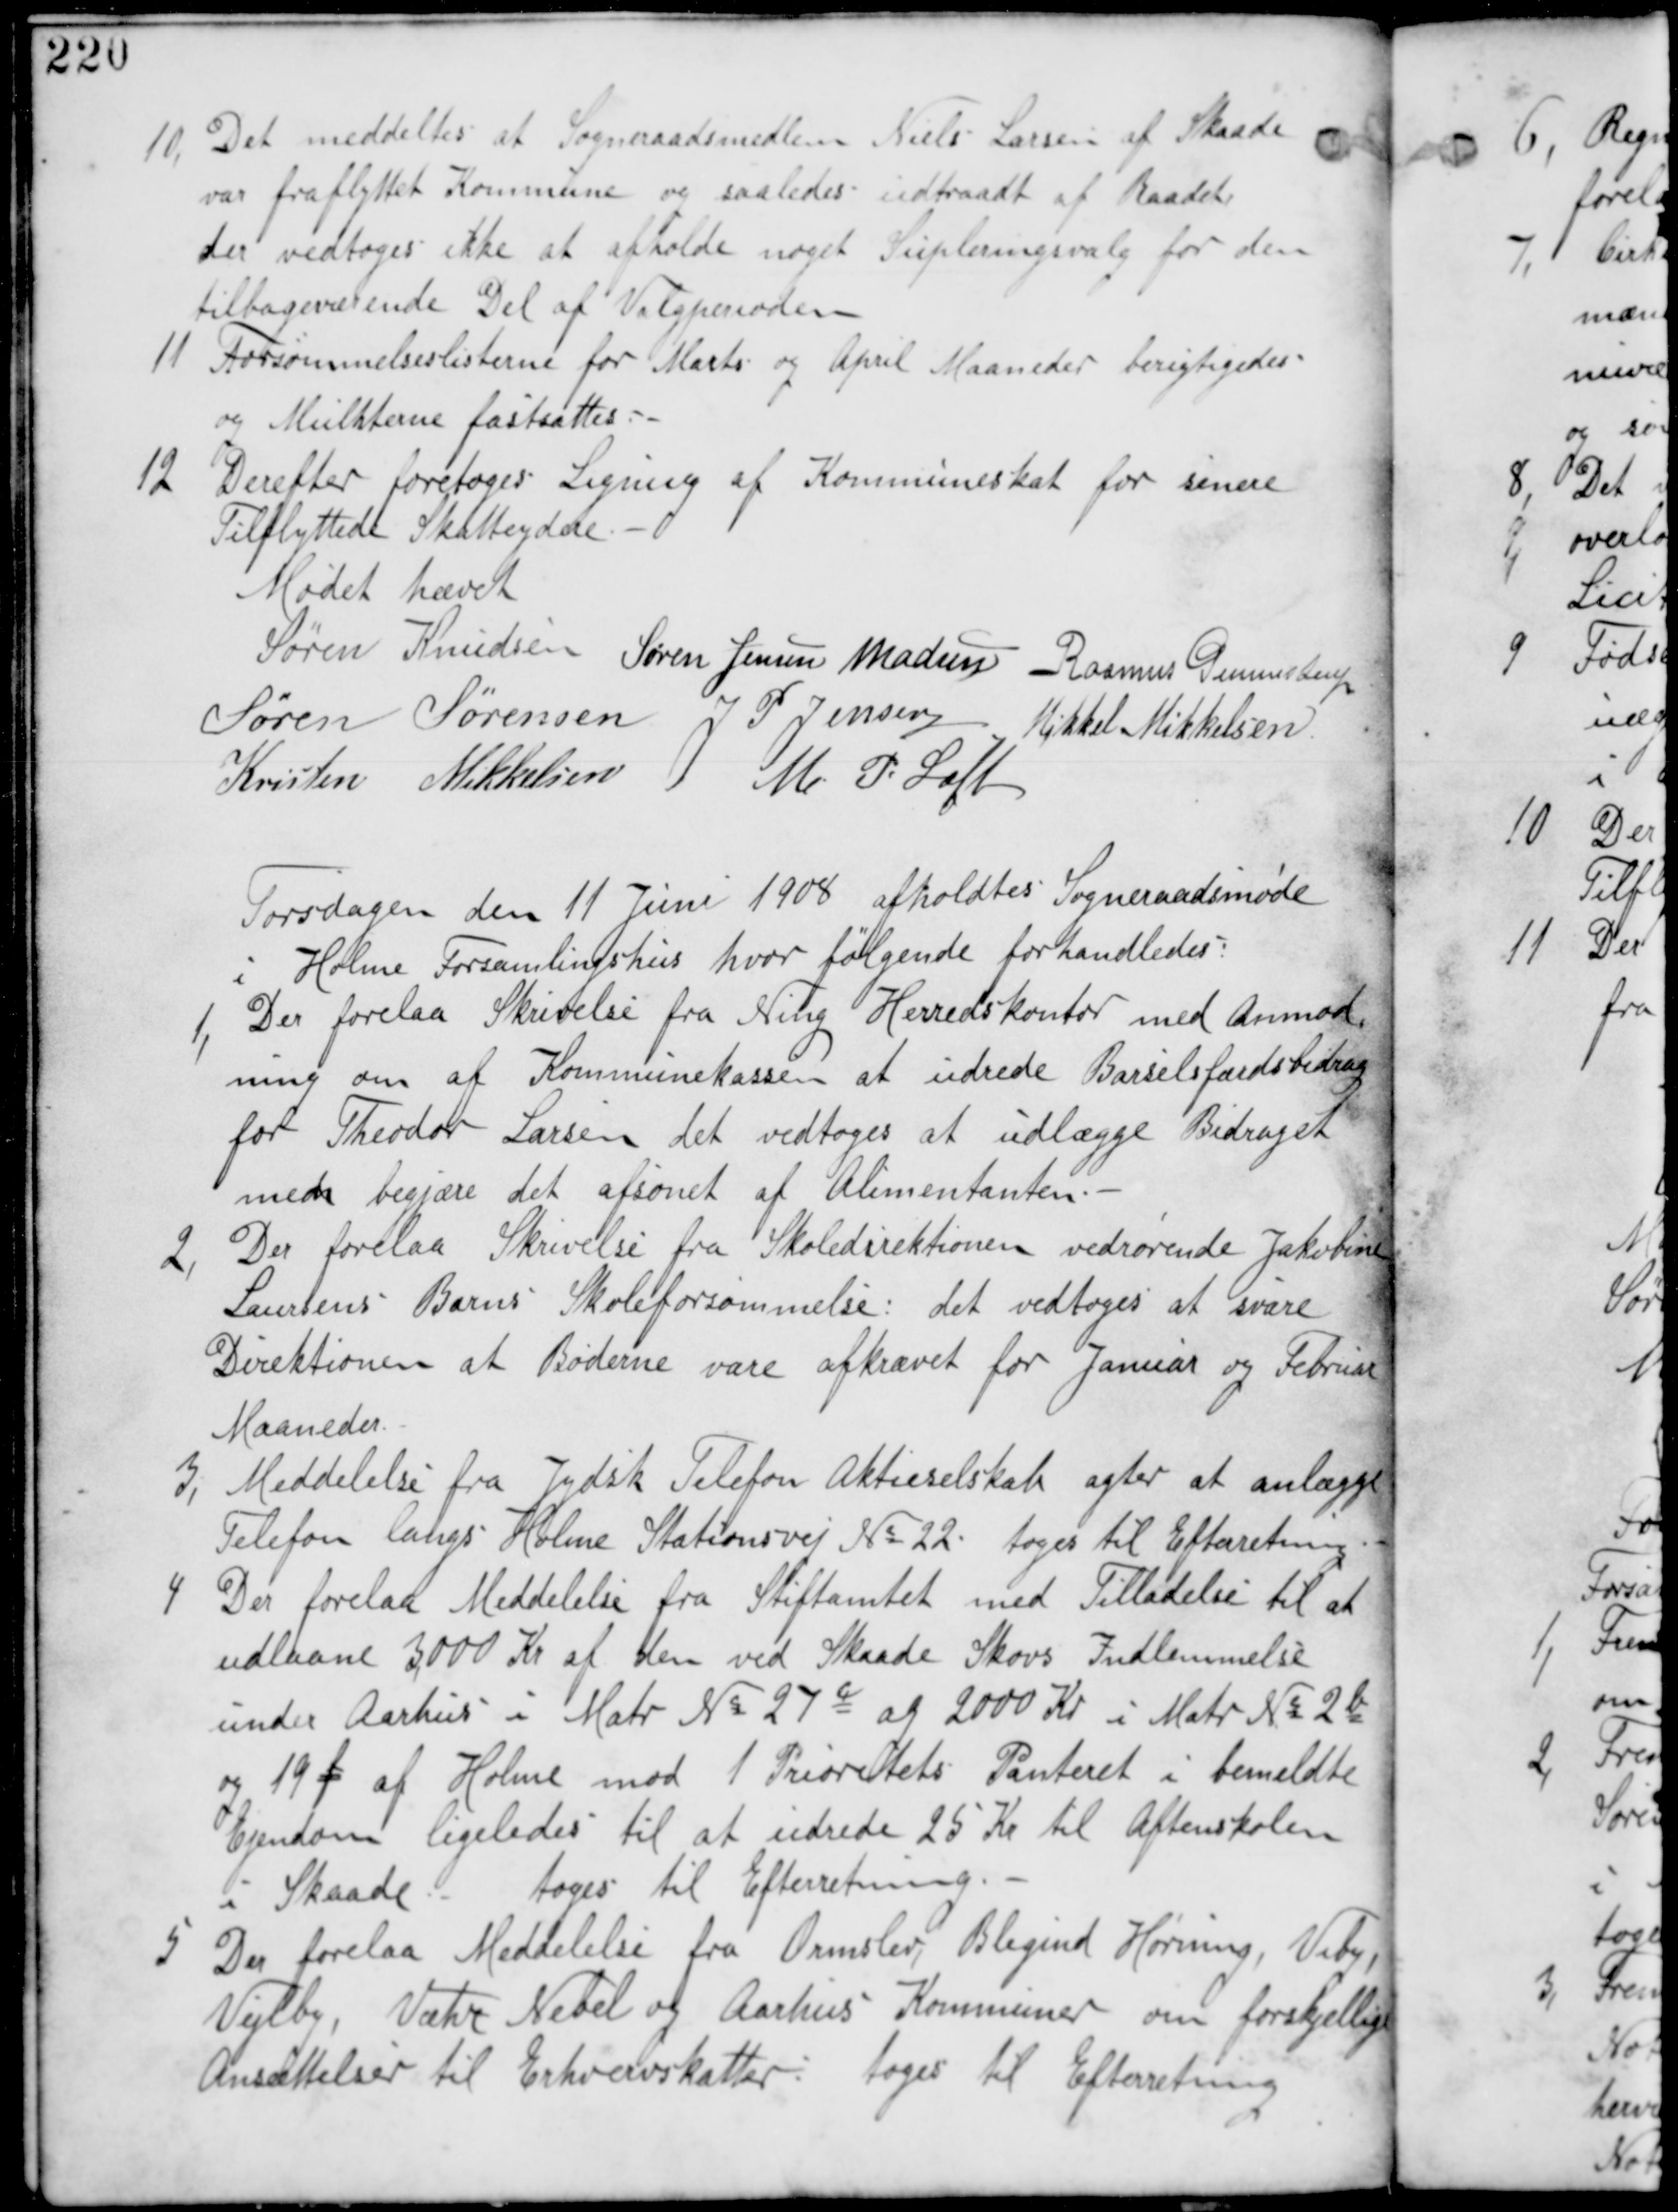
Transskription:
10, Det meddeles at Sogneraadsmedlem Niels Lassen af Skaade
var fraflyttet Kommunen og saaledes udtraadt af Raadet
der vedtages ikke at afholde Supleringsvalg for den
tilbageværende Del af Valgperioden.

11 Forsømmelseslisterne for Marts og April Maaneder berigtiges
og Mulkterne fastsattes.-

12 Derefter foretages Ligning af Kommuneskat for senere
Tilflyttede Skatteydere.

Mødet hævet
Søren Knudsen Søren Jensen Madsen Rasmus Gunnestrup
Søren Sørensen J P Jensen Mikkel Mikkelsen
Kristen Mikkelsen M P Loft

Torsdagen den 11 Juni 1908 afholdtes Sogneraadsmøde
i Holme Forsamlingshus hvor følgende forhandledes

1, Der forelaa Skrivelse fra Ning Herredskontor med Anmod-
ning om af Kommunekassen at udrede Barselfærdsbidrag
for Theodor Larsen det vedtages at udlægge Bidraget
men begjære det afsonet af Alimentanten.

2, Der forelaa Skrivelse fra Skoledirektionen vedrørende Jakobine
Laursens Barns Skoleforsømmelse: det vedtages at svare
Direktionen at Bøderne vare afkrævet for Januar of Februar
Maaneder.

3, Meddelelse fra Jydsk Telefon Aktieselskab after at anlægge
Telefon langs Holme Stationsvej No 22 tages til Efterretning.

4 Der forelaa Meddelelse fra Stiftamtet med Tilladelse til at
udlaane 3000 Kr af den ved Skaade Skovs Indlemmelse
under Aarhus i Matr No 27c og  2000 Kr i Matr No 2b
og 19f af Holme mod 1 Prioritets Panteret i bemeldte
Ejendom ligeledes til at udrede 25 Kr til Aftenskolen
i Skaade tages til Efterretning.

5 Der forelaa Meddeelelse fra Ormslev, Blegind Hørning, Viby
Vejlby, Væhr Nebel og Aarhus Kommuner om forskjellige
Ansættelser til Erhvervsskatter: tages til Efterretning